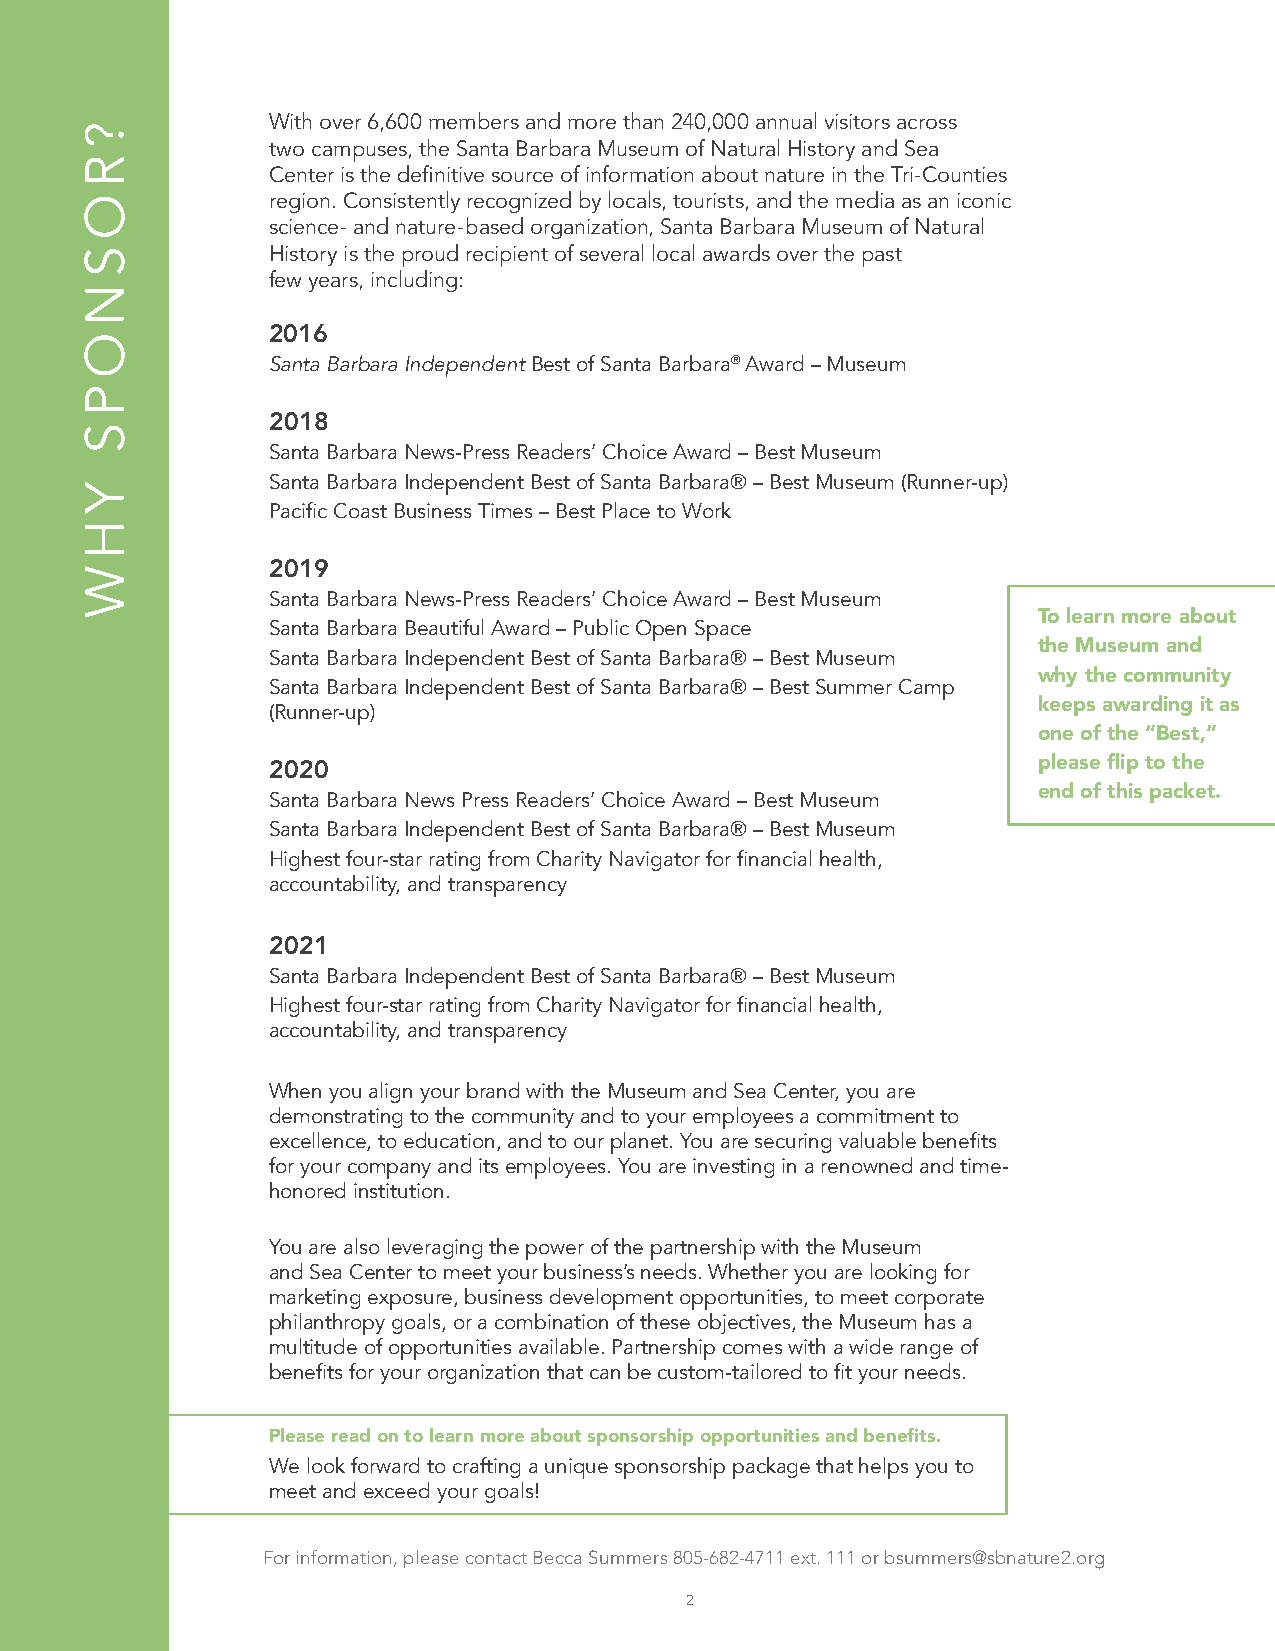
With over 6,600 members and more than 240,000 annual visitors across
 two campuses, the Santa Barbara Museum of Natural History and Sea
 Center is the definitive source of information about nature in the Tri-Counties
 region. Consistently recognized by locals, tourists, and the media as an iconic
 science- and nature-based organization, Santa Barbara Museum of Natural
 History is the proud recipient of several local awards over the past
 few years, including:
 2016
 Santa Barbara Independent Best of Santa Barbara® Award – Museum
 2018
 Santa Barbara News-Press Readers’ Choice Award – Best Museum
 Santa Barbara Independent Best of Santa Barbara® – Best Museum (Runner-up)
 Pacific Coast Business Times – Best Place to Work
 2019
 Santa Barbara News-Press Readers’ Choice Award – Best Museum
 To learn more about
 Santa Barbara Beautiful Award – Public Open Space
 the Museum and
 Santa Barbara Independent Best of Santa Barbara® – Best Museum
 why the community
 Santa Barbara Independent Best of Santa Barbara® – Best Summer Camp
 keeps awarding it as
 (Runner-up)
 one of the “Best,”
 2020                                               please flip to the
 end of this packet.
 Santa Barbara News Press Readers’ Choice Award – Best Museum
 Santa Barbara Independent Best of Santa Barbara® – Best Museum
 Highest four-star rating from Charity Navigator for financial health,
 accountability, and transparency
 2021
 Santa Barbara Independent Best of Santa Barbara® – Best Museum
 Highest four-star rating from Charity Navigator for financial health,
 accountability, and transparency
 When you align your brand with the Museum and Sea Center, you are
 demonstrating to the community and to your employees a commitment to
 excellence, to education, and to our planet. You are securing valuable benefits
 for your company and its employees. You are investing in a renowned and time-
 honored institution.
 You are also leveraging the power of the partnership with the Museum
 and Sea Center to meet your business’s needs. Whether you are looking for
 marketing exposure, business development opportunities, to meet corporate
 philanthropy goals, or a combination of these objectives, the Museum has a
 multitude of opportunities available. Partnership comes with a wide range of
 benefits for your organization that can be custom-tailored to fit your needs.
 Please read on to learn more about sponsorship opportunities and benefits.
 We look forward to crafting a unique sponsorship package that helps you to
 meet and exceed your goals!
 For information, please contact Becca Summers 805-682-4711 ext. 111 or bsummers@sbnature2.org
 2
 ?
 R
 O
 S
 N
 O
 P
 S
 Y
 H
 W